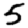
Digit: 5